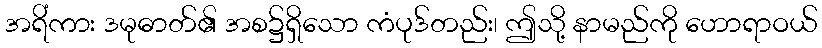
အရိံကား ဒမုဓာတ်၏ အစ၌ရှိသော ကံပုဒ်တည်း၊ ဤသို့ နာမည်ကို ဟောရာဝယ်